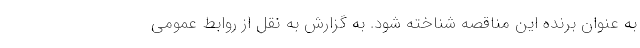
به عنوان برنده این مناقصه شناخته شود. به گزارش به نقل از روابط عمومی